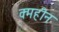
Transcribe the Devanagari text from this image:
क्महीन